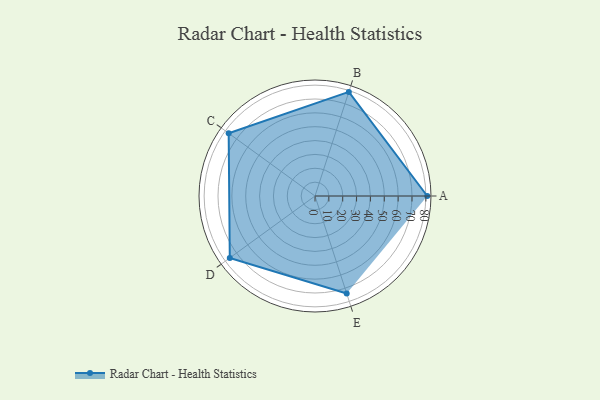
{"axis": {"x": "Skill", "y": "Score"}, "legend": ["Profile"], "data": [{"x": "A", "y": 81.0, "type": "Profile"}, {"x": "B", "y": 79.0, "type": "Profile"}, {"x": "C", "y": 77.0, "type": "Profile"}, {"x": "D", "y": 76.0, "type": "Profile"}, {"x": "E", "y": 74.0, "type": "Profile"}]}